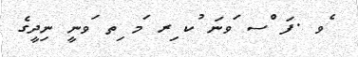
ެވ .ފަ ްސ ަވނަ ުކ ިރ ަމ ިތ ަވނީ ނިދީގެ